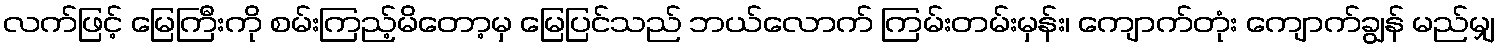
လက်ဖြင့် မြေကြီးကို စမ်းကြည့်မိတော့မှ မြေပြင်သည် ဘယ်လောက် ကြမ်းတမ်းမှန်း၊ ကျောက်တုံး ကျောက်ချွန် မည်မျှ